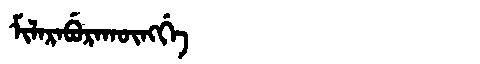
Manchu: ᠮᡳᠯᠠᡵᠠᠪᡠᡵᠠᡴᡡᠩᡤᡝ
Romanization: MILARABURAKŪNGGE